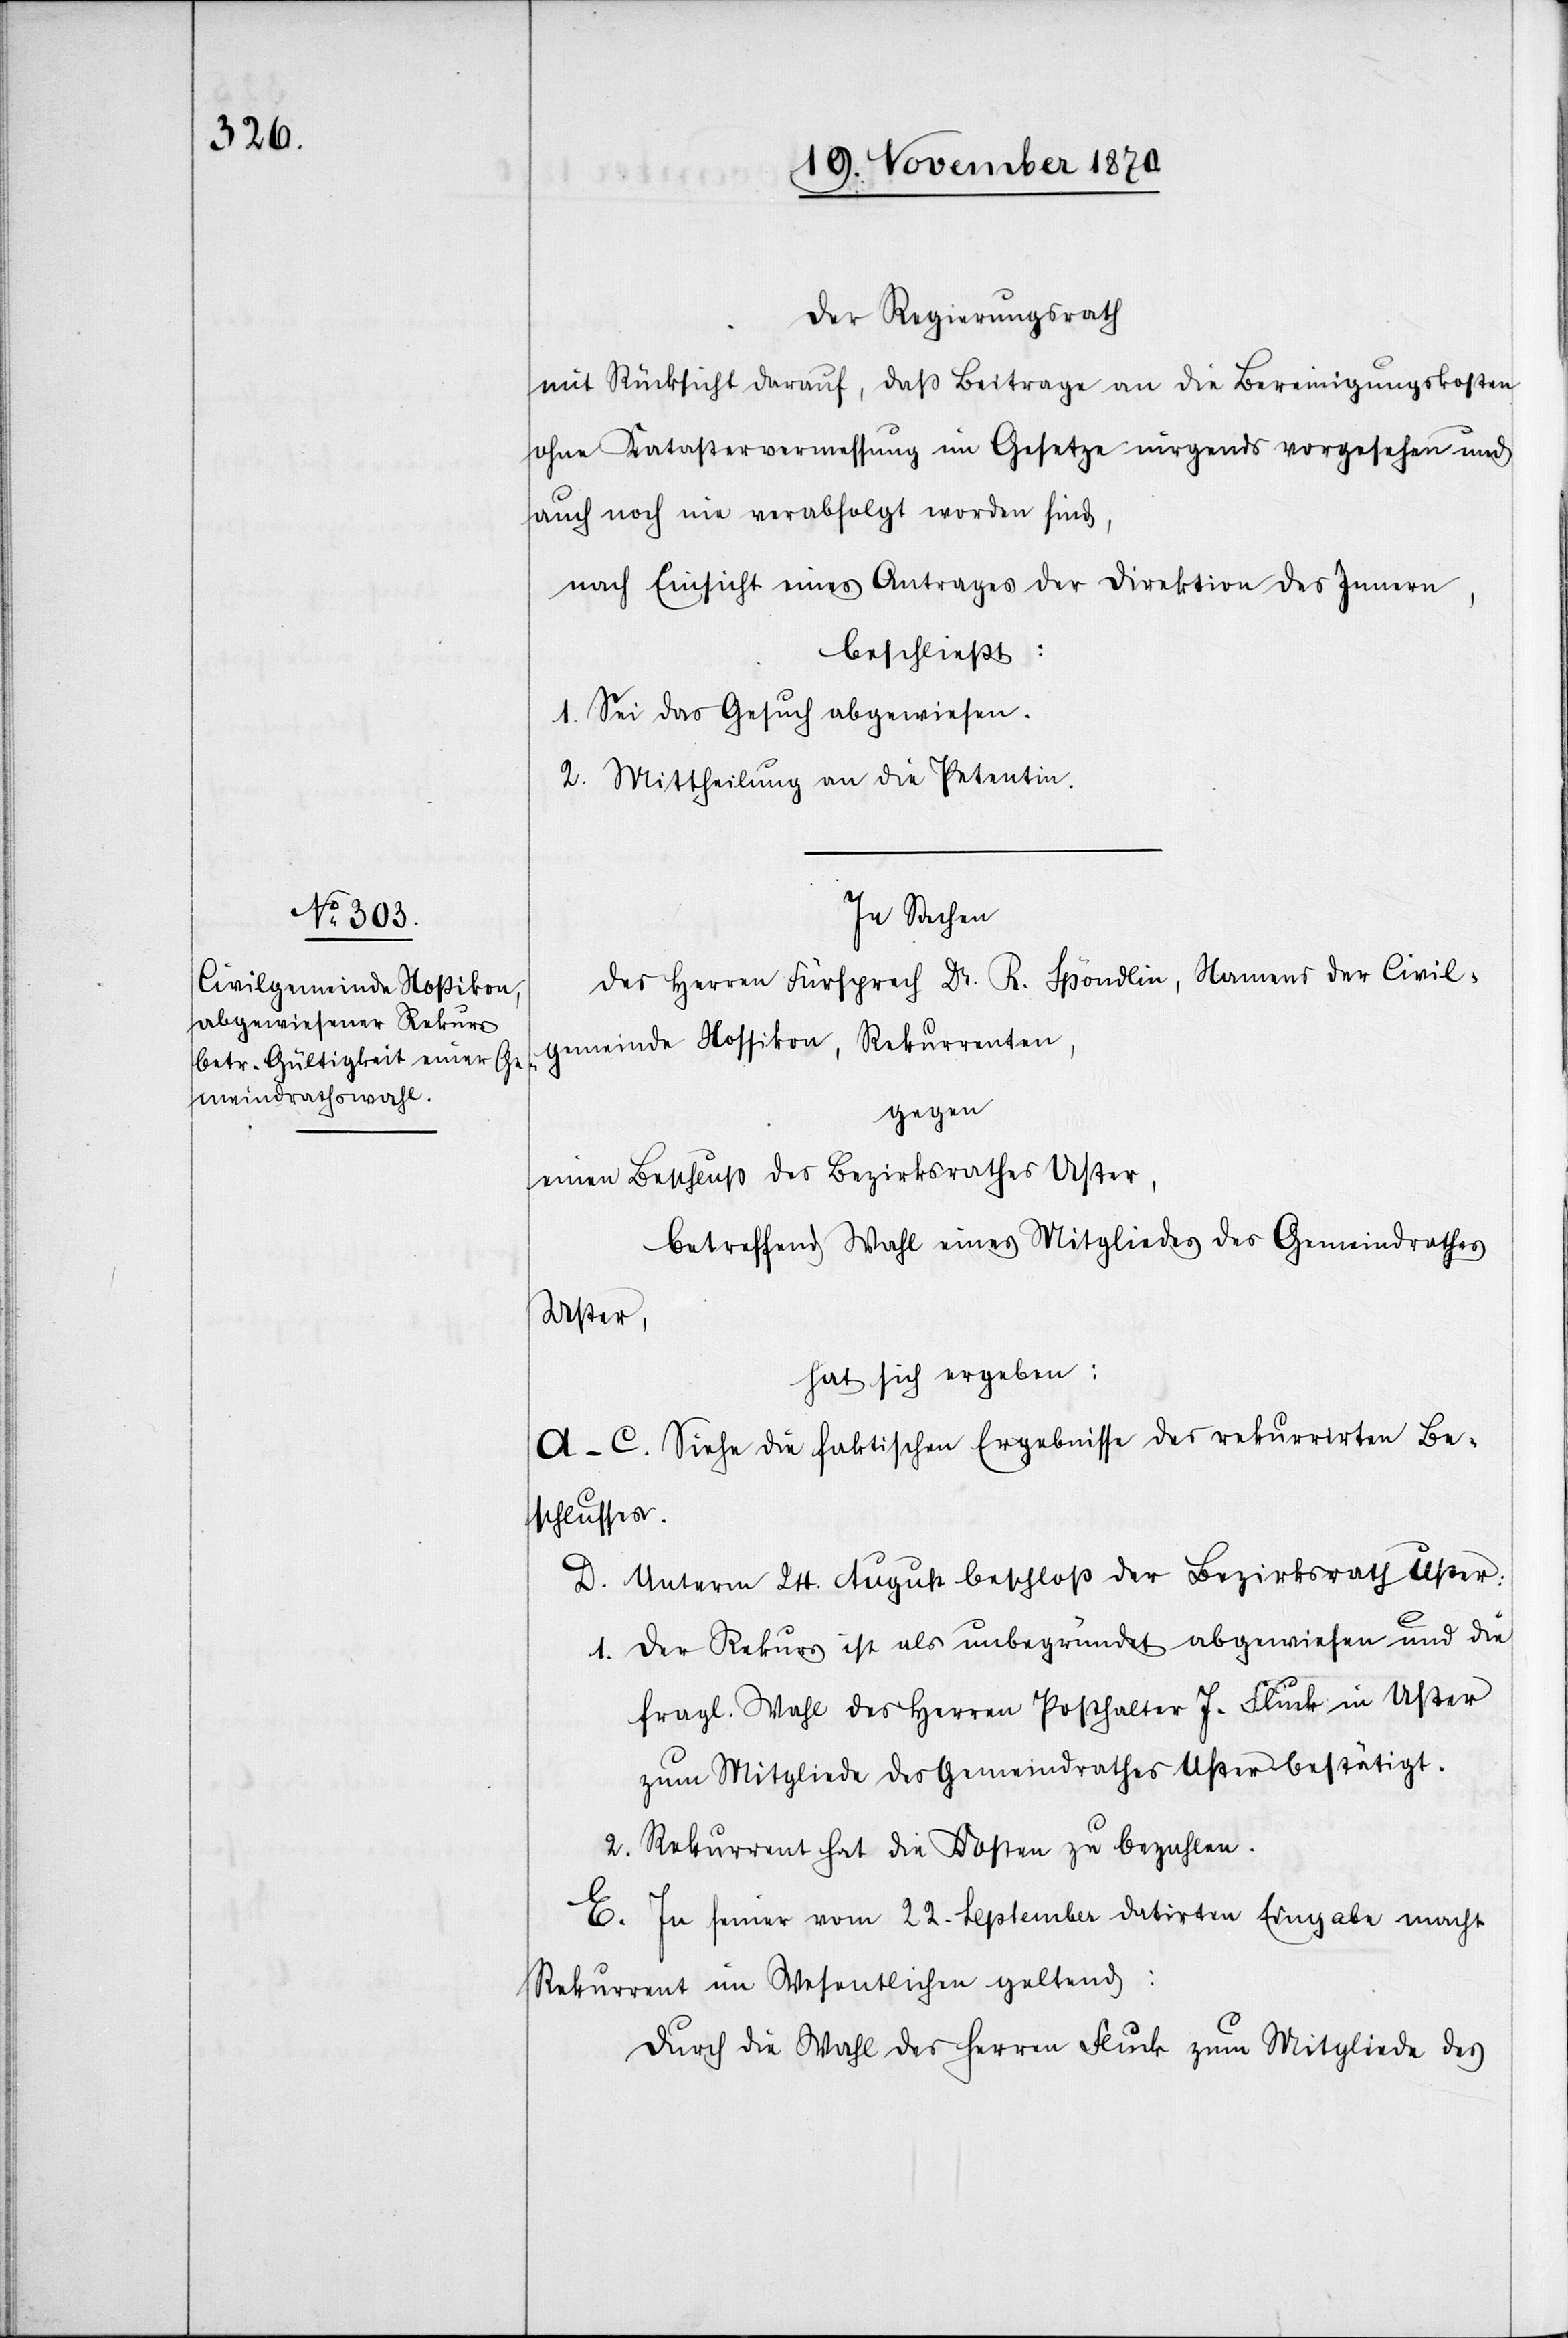
Der Regierungsrath
mit Rücksicht darauf ,daß Beiträge an die Bereinigungskosten
ohne Katastervermessung im Gesetze nirgends vorgesehen und
auch noch nie verabfolgt worden sind,
nach Einsicht eines Antrages der Direktion des Innern,
beschließt:
1. Sei das Gesuch abgewiesen.
2. Mittheilung an die Petentin.
In Sachen
des Herren Fürsprech Dr. R. Spöndlin, Namens der Civil¬
gemeinde Nossikon, Rekurrenten,
gegen
einen Beschluß des Bezirksrathes Uster,
betreffend Wahl eines Mitgliedes des Gemeindrathes
Uster,
hat sich ergeben:
A–C. Siehe die faktischen Ergebnisse des rekurrirten Be¬
schlusses.
D. Unterm 24. August beschloß der Bezirksrath Uster:
1. Der Rekurs ist als unbegründet abgewiesen und die
fragl. Wahl des Herren Posthalter J. Fluck in Uster
zum Mitgliede des Gemeindrathes Uster bestätigt.
2. Rekurrent hat die Kosten zu bezahlen.
E. In seiner vom 22. September datirten Eingabe macht
Rekurrent im Wesentlichen geltend:
Durch die Wahl des Herren Fluck zum Mitgliede des